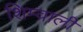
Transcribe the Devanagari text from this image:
शिम्वाली